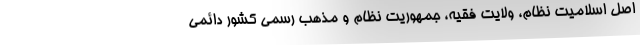
اصل اسلامیت نظام، ولایت فقیه، جمهوریت نظام و مذهب رسمی کشور دائمی